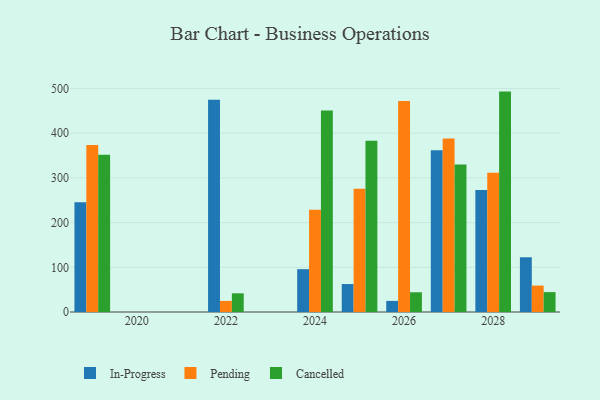
{"axis": {"x": "Year", "y": "Gross Profit (USD K)"}, "legend": ["Cancelled", "In-Progress", "Pending"], "data": [{"x": "2022", "y": 475.0, "type": "In-Progress"}, {"x": "2022", "y": 24.8, "type": "Pending"}, {"x": "2022", "y": 41.8, "type": "Cancelled"}, {"x": "2026", "y": 24.8, "type": "In-Progress"}, {"x": "2026", "y": 472.3, "type": "Pending"}, {"x": "2026", "y": 44.2, "type": "Cancelled"}, {"x": "2029", "y": 122.5, "type": "In-Progress"}, {"x": "2029", "y": 59.1, "type": "Pending"}, {"x": "2029", "y": 44.5, "type": "Cancelled"}, {"x": "2027", "y": 361.8, "type": "In-Progress"}, {"x": "2027", "y": 388.1, "type": "Pending"}, {"x": "2027", "y": 330.1, "type": "Cancelled"}, {"x": "2028", "y": 272.9, "type": "In-Progress"}, {"x": "2028", "y": 311.3, "type": "Pending"}, {"x": "2028", "y": 493.1, "type": "Cancelled"}, {"x": "2024", "y": 95.8, "type": "In-Progress"}, {"x": "2024", "y": 228.9, "type": "Pending"}, {"x": "2024", "y": 450.9, "type": "Cancelled"}, {"x": "2025", "y": 62.5, "type": "In-Progress"}, {"x": "2025", "y": 275.9, "type": "Pending"}, {"x": "2025", "y": 383.4, "type": "Cancelled"}, {"x": "2019", "y": 245.4, "type": "In-Progress"}, {"x": "2019", "y": 373.5, "type": "Pending"}, {"x": "2019", "y": 352.0, "type": "Cancelled"}]}